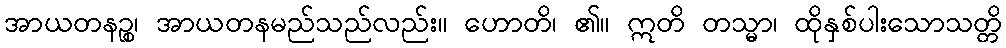
အာယတနဉ္စ၊ အာယတနမည်သည်လည်း။ ဟောတိ၊ ၏။ ဣတိ တသ္မာ၊ ထိုနှစ်ပါးသောသတ္တိ